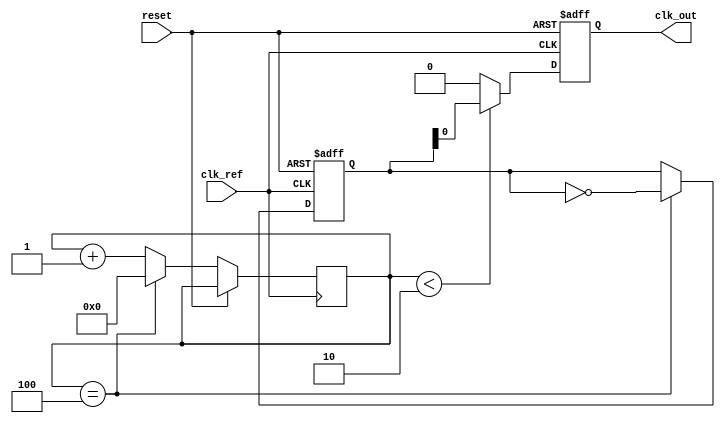
module ADPLL (
    input wire clk_ref,         // Reference clock input
    input wire reset,           // Reset signal
    output reg clk_out          // Output clock
);

// Parameters
parameter DIV_FACTOR = 4;     // Frequency division factor
parameter DLF_WIDTH = 8;       // Width of the digital loop filter
parameter VCO_MAX_FREQ = 255;  // Max VCO frequency setting

// Internal signals
reg [DLF_WIDTH-1:0] error_signal;         // Error signal from PD
reg [DLF_WIDTH-1:0] control_signal;       // Control signal for VCO
reg [DLF_WIDTH-1:0] vco_frequency;        // Current frequency of the VCO
reg [DLF_WIDTH-1:0] feedback_frequency;   // Feedback frequency from divider
reg [1:0] state;                          // State for control logic
reg [7:0] counter;                        // Counter for VCO output generation

// Phase Detector (PD)
always @(posedge clk_ref or posedge reset) begin
    if (reset) begin
        error_signal <= 0;
    end else begin
        if (clk_out == feedback_frequency) begin
            error_signal <= 0; // Phase aligned
        end else if (clk_out < feedback_frequency) begin
            error_signal <= error_signal + 1; // VCO needs to increase
        end else begin
            error_signal <= error_signal - 1; // VCO needs to decrease
        end
    end
end

// Digital Loop Filter (DLF)
always @(posedge clk_ref or posedge reset) begin
    if (reset) begin
        control_signal <= 0;
    end else begin
        control_signal <= control_signal + error_signal; // Simple accumulator for DLF
    end
end

// VCO - Digital controlled oscillator
always @(posedge clk_ref or posedge reset) begin
    if (reset) begin
        vco_frequency <= 8'd128; // Starting frequency
    end else begin
        vco_frequency <= vco_frequency + control_signal; // Adjust frequency based on control signal
        if (vco_frequency > VCO_MAX_FREQ) begin
            vco_frequency <= VCO_MAX_FREQ; // Limit max frequency
        end
    end
end

// Frequency Divider
always @(posedge clk_ref or posedge reset) begin
    if (reset) begin
        feedback_frequency <= 0;
    end else if (counter == DIV_FACTOR) begin
        feedback_frequency <= ~feedback_frequency; // Toggle feedback frequency
        counter <= 0; // Reset counter
    end else begin
        counter <= counter + 1; // Increment counter
    end
end

// Output Clock Generation
always @(posedge clk_ref or posedge reset) begin
    if (reset) begin
        clk_out <= 0;
    end else begin
        clk_out <= (counter < DIV_FACTOR/2) ? feedback_frequency : 0; // Generate output clock
    end
end

endmodule